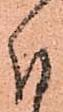
付